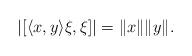
LaTeX: \begin{align*}|[ \langle x , y\rangle \xi , \xi ]| = \| x \|\| y \|.\end{align*}